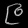
Digit: ၉